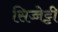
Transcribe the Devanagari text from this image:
सिच्चेट्टी